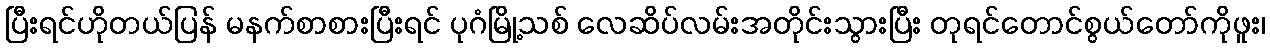
ပြီးရင်ဟိုတယ်ပြန် မနက်စာစားပြီးရင် ပုဂံမြို့သစ် လေဆိပ်လမ်းအတိုင်းသွားပြီး တုရင်တောင်စွယ်တော်ကိုဖူး၊